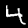
Label: 4